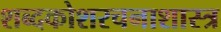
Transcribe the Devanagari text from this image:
शब्दकोशरचनाशास्त्र